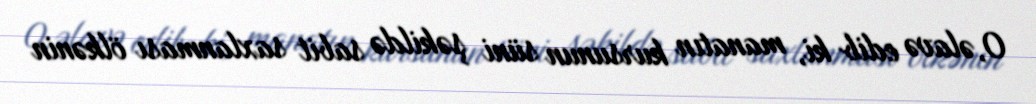
O, əlavə edib ki, manatın kursunun süni şəkildə sabit saxlanması ölkənin